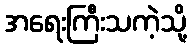
အရေးကြီးသကဲ့သို့